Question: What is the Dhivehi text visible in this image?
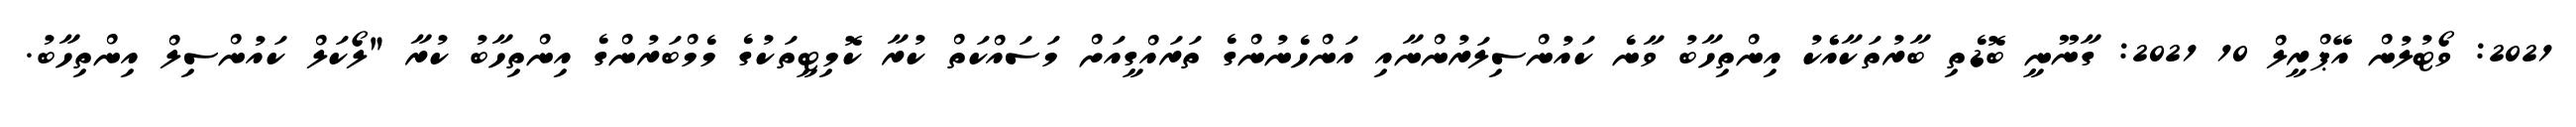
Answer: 2021: ވޯޓުލުން އޭޕްރީލް 10 2021: ގާނޫނީ ބޮޑެތި ބާރުތަކާއެެކު އިންތިހާބު ވާނެ ކައުންސިލަރުންނާއި އަންހެނުންގެ ތަރައްގީއަށް މަސައްކަތް ކުރާ ކޮމިޓީތަކުގެ މެމްބަރުންގެ އިންތިހާބު ކުރާ "ލޯކަލް ކައުންސިލް އިންތިހާބު.